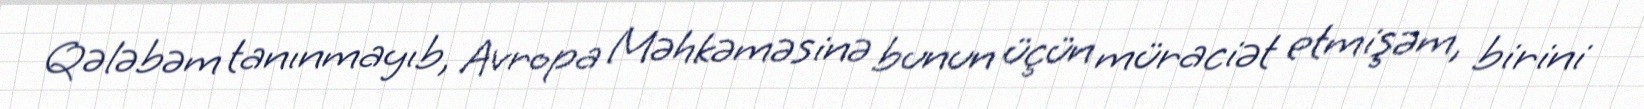
Qələbəm tanınmayıb, Avropa Məhkəməsinə bunun üçün müraciət etmişəm, birini